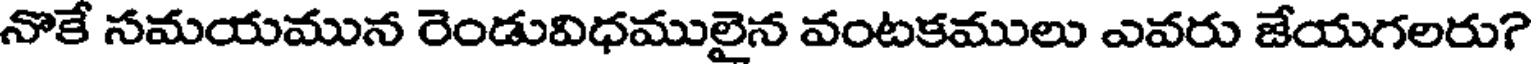
నొకే సమయమున రెండువిధములైన వంటకములు ఎవరు జేయగలరు?